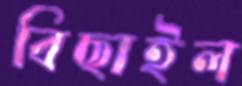
বিছাইল